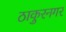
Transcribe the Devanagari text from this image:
ठाकुरनगर